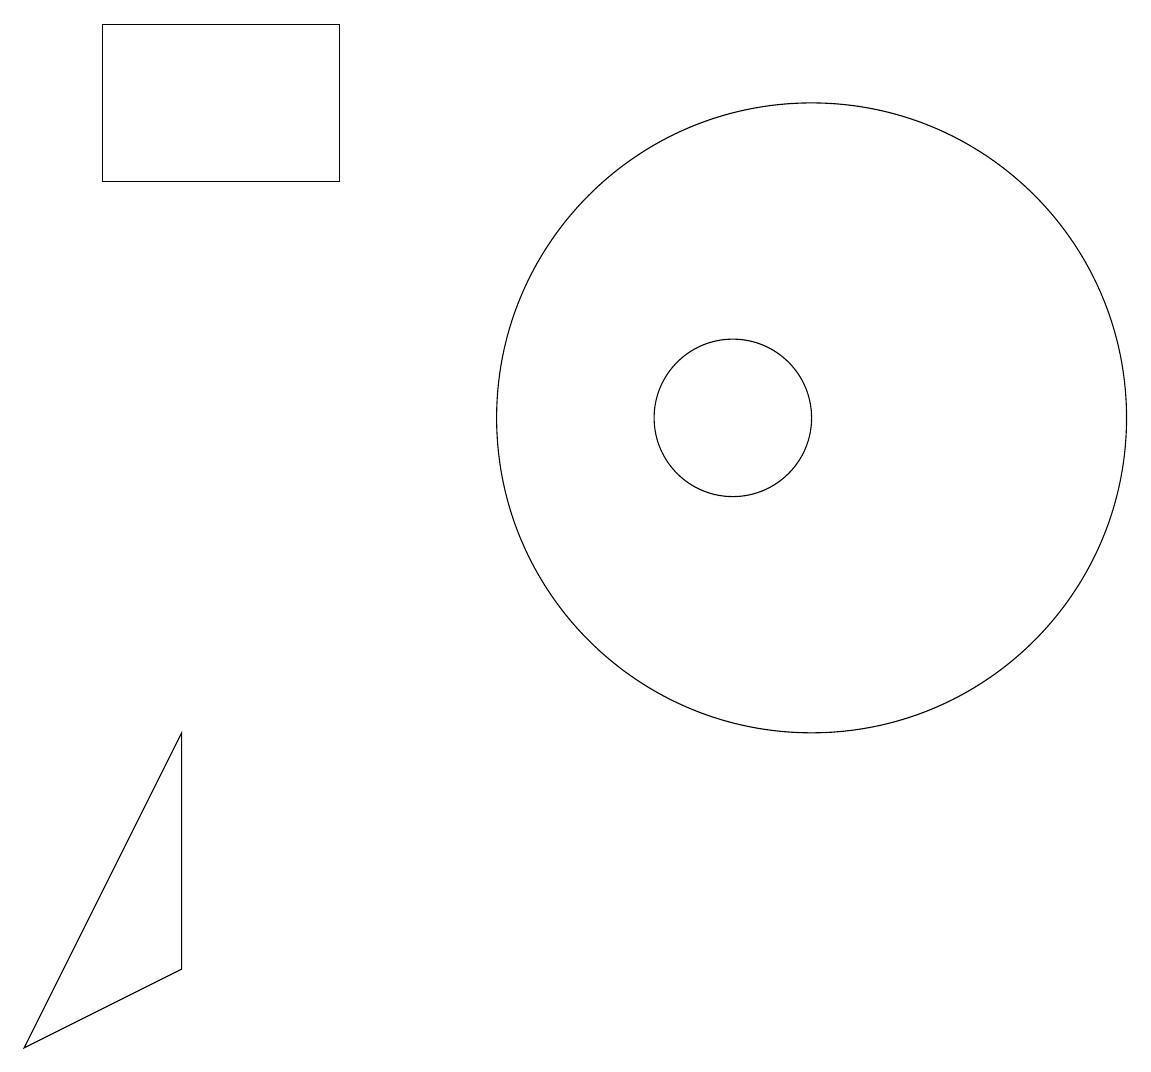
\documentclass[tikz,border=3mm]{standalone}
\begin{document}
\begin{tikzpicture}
\draw (2,4) -- (4,5) -- (4,8) -- cycle;
\draw (3,17) rectangle (6,15);
\draw (11,12) circle (1);
\draw (12,12) circle (4);
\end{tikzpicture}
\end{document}